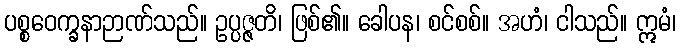
ပစ္စဝေက္ခနာဉာဏ်သည်။ ဥပ္ပဇ္ဇတိ၊ ဖြစ်၏။ ခေါပန၊ စင်စစ်။ အဟံ၊ ငါသည်။ ဣမံ၊